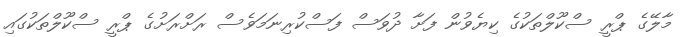
މާލޭގެ ޕްރީ ސްކޫލްތަކުގެ ކިޔެވުން ފަށާ ދުވަސް ފަސްކުރިނަމަވެސް ރަށްރަށުގެ ޕްރީ ސްކޫލްތަކުގައި